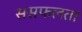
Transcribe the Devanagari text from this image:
ससफलता